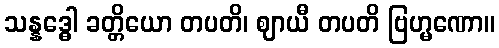
သန္နဒ္ဓေါ ခတ္တိယော တပတိ၊ ဈာယီ တပတိ ဗြဟ္မဏော။